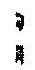
: